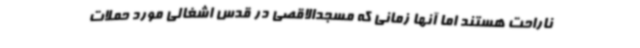
ناراحت هستند اما آنها زمانی که مسجدالاقصی در قدس اشغالی مورد حملات